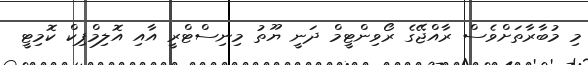
މި މުބާރާތަށްވެސް ރާއްޖޭގެ ރޯވިންޓީމް ދަނީ ޔޫތު މިނިސްޓްރީ އާއި އޮލިމްޕިކް ކޮމިޓީ